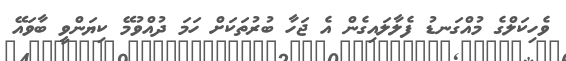
ވެހިކަލްގެ މުއްގަނޑު ފެލާލައިގެން އެ ޖަހާ ބުރުތަކަށް ހަމަ ދުއްވުމޭ ކިޔަންވީ ބާވައޭ